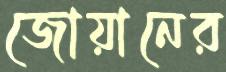
জোয়ানের